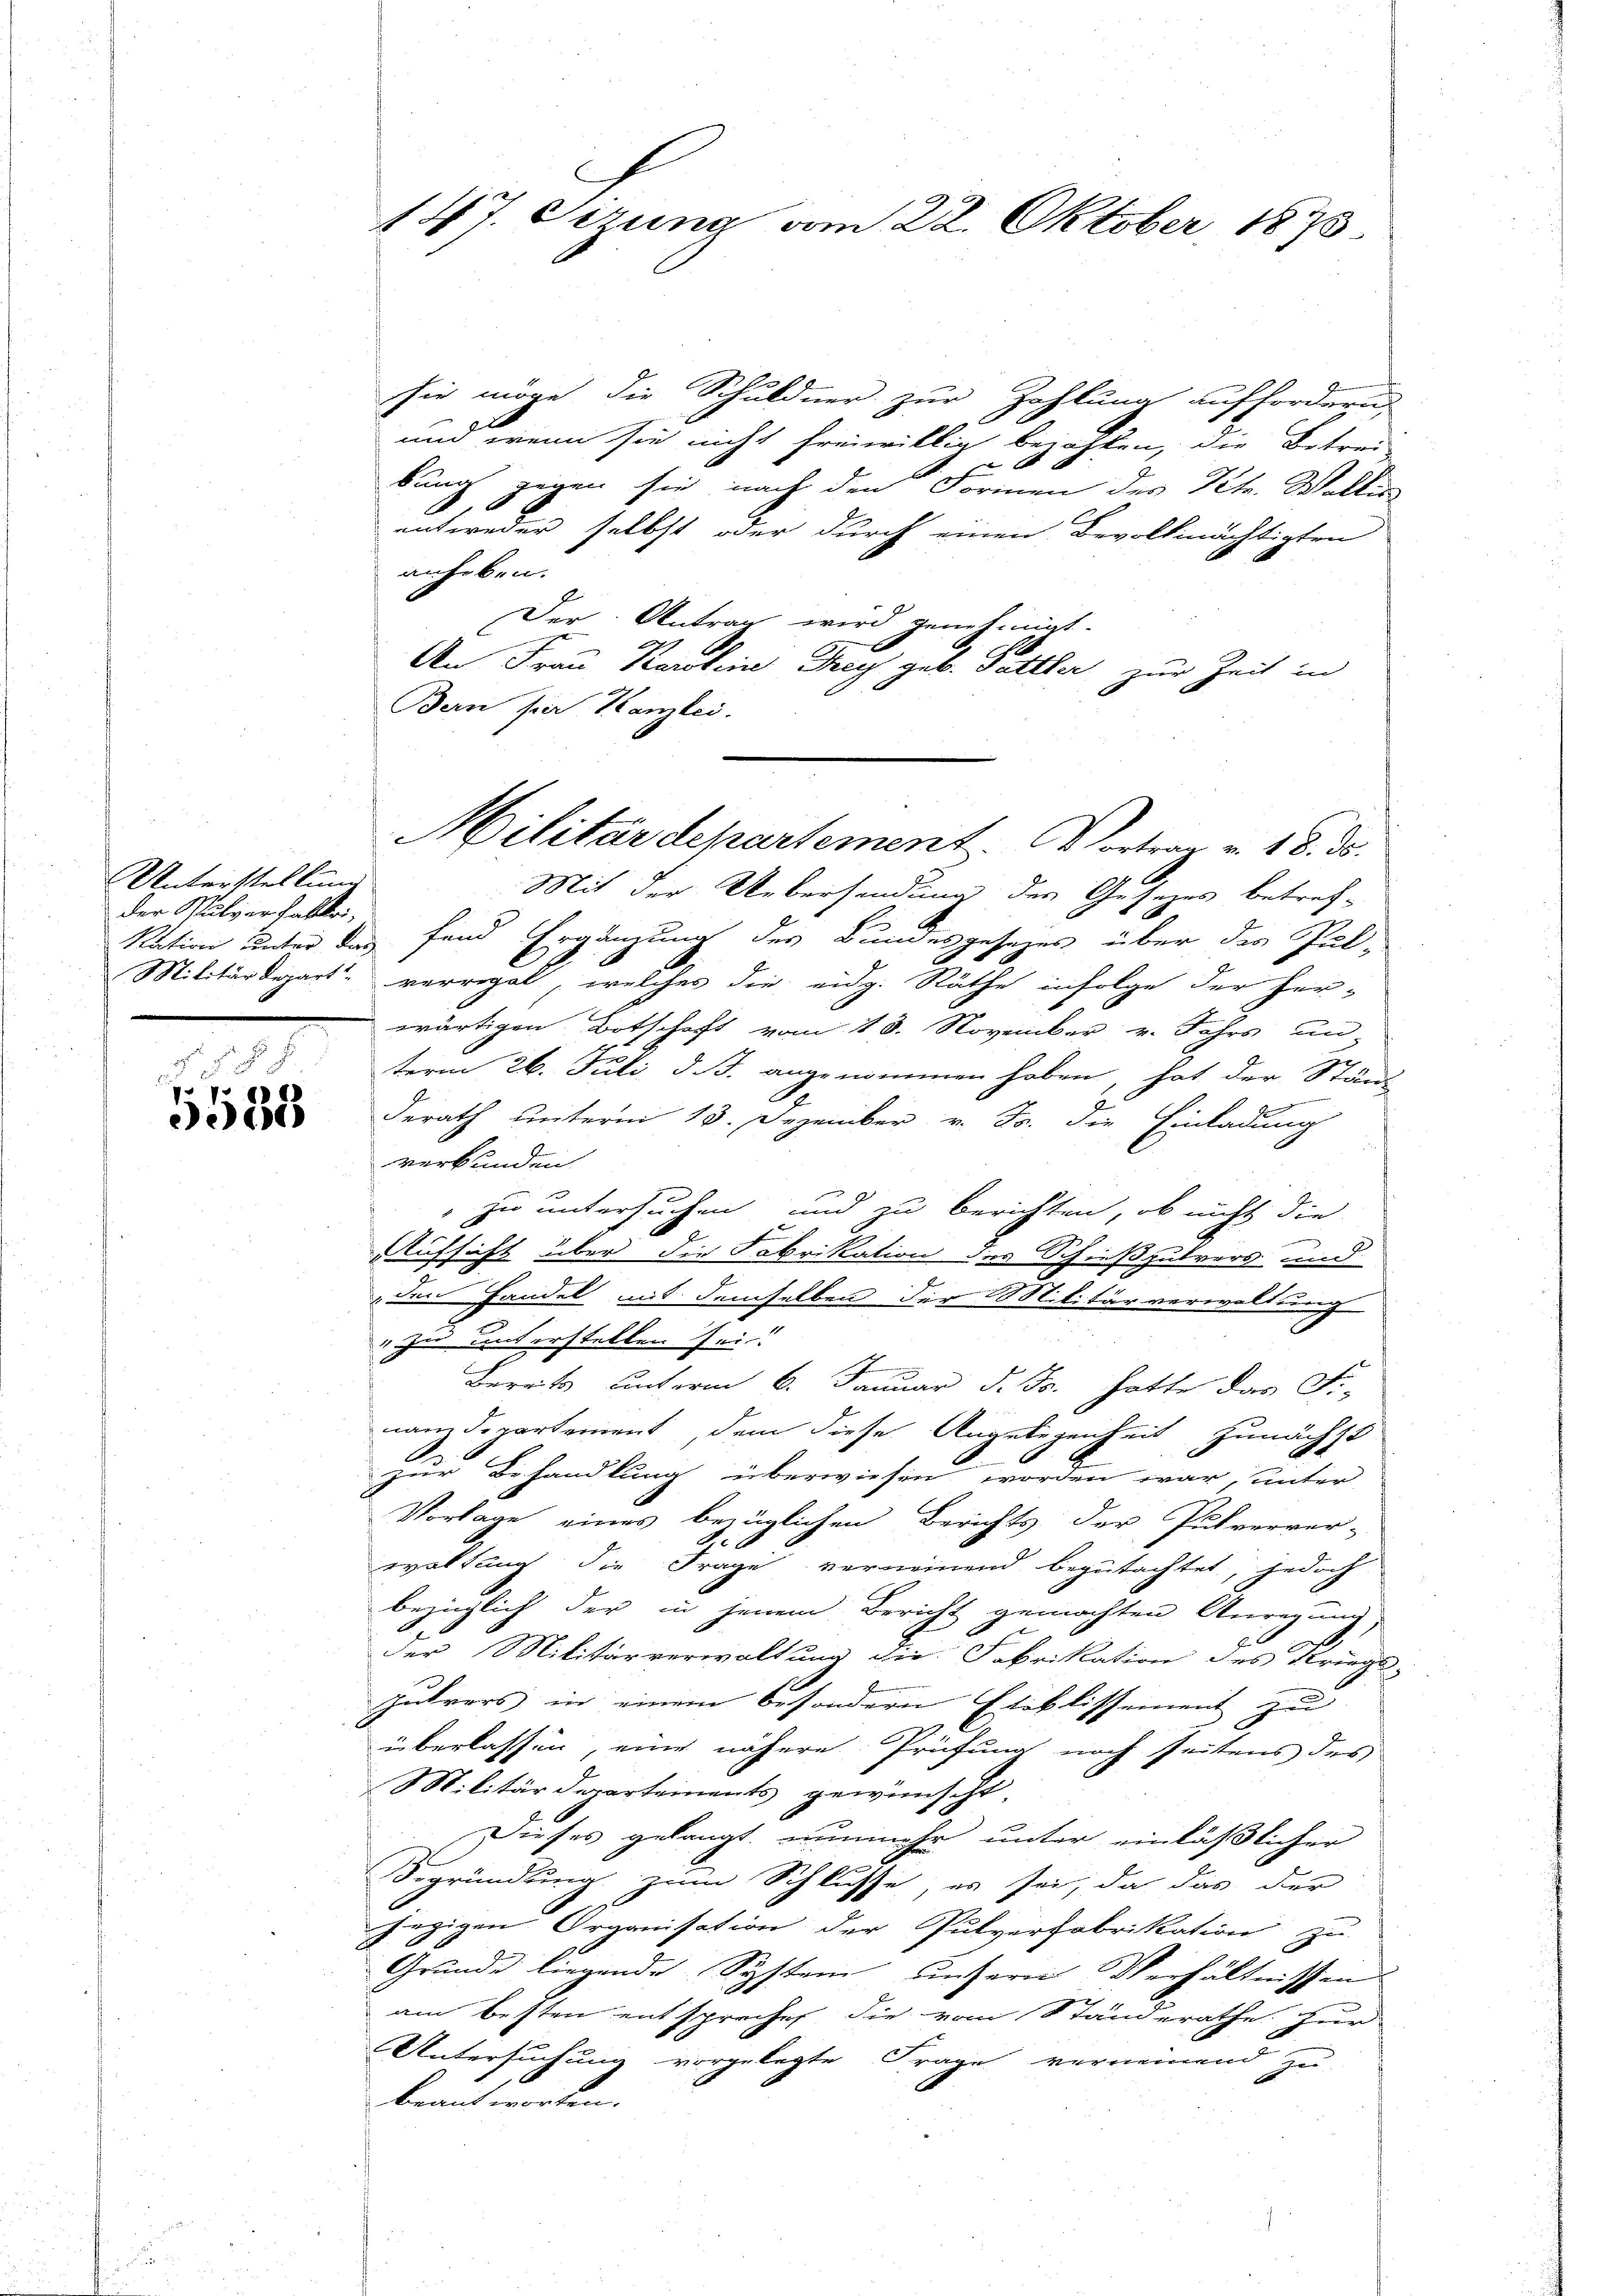
Unterstellung
der Pulverfallte,

a
5588

147. Sizung vom 22. Oktober 1873

sie möge die Schuldner zur Zahlung auffordern,
und wenn sie nicht freiwillig bezahlen, die Betrei-
u
bung gegen sie nach den Formen des Petr. Wallis
entweder selbst oder durch einen Bevolkmächtigten
anheben.
Der Antrag wird genehmigt.
An Frau Kartein Tey geb. Pettler zur Zeit in
Bern hier Kanzlei.

Mit der Uebersendung des Gesetzes betref-
Nation unter das fand Ergänzung des Bundesgesezes über der Pal-
Militärdepart verregel, welches die eidg. Räthe infolge der her-
wärtigen Botschaft vom 18. November v. Jahrs un-
term 26. Juli d. J. angenommen haben, hat der Staner
n
derath unterm 13. Dezember v. Js. die Einladung
verkunden.
 zu untersuchen und zu berichten, ob nicht die
Aufsicht über die Fabrikation des Schießpulvers und
den Handel mit demselben der Militärverwaltung
" zu unterstellen sei.
Bereits unterm 6. Januar d. Js. hatte das Fi-
nanzdepartement, dem diese Angelegenheit zunächst
A
zur Behandlung überwiesen worden war, unter
Vorlage eines bezüglichen Berichts der Pulverver-
2
waltung die Frage verneinend begutachtet, jedoch
bezüglich der in jenem Bericht gemachten Anregung,
der Militärverwaltung die Fabrikation des Kriegs-
zutrors in einem besondern Etablissement zu
überlassen, eine nähere Prüfung noch seitens des
Militärdepartements gewünscht,
Dieses gelangt nunmehr unter einläßlicher
Begründung zum Schlusse, es sei, da das der
jezigen Organisation der Pulverfabrikation zu
Grunde liegende System unsern Verhältnissen
am besten entsprechen die vom Standerathe Zur
Untersuchung vorgelegte Frage verneinend zu-
beantworfen.

Militärdepartement. Vortrag v. 18. ds.